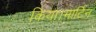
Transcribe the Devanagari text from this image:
किया।मार्टिन